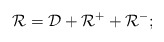
\begin{align*}\mathcal{R} = \mathcal{D} + \mathcal{R}^+ + \mathcal{R}^-;\end{align*}